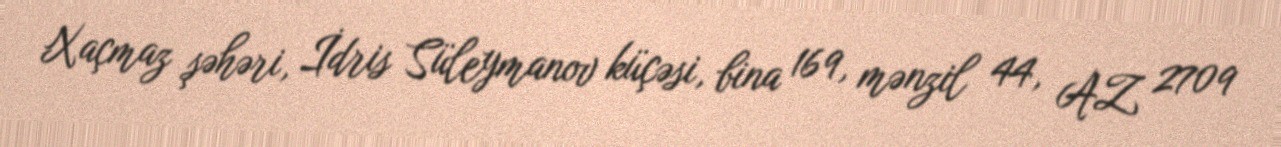
Xaçmaz şəhəri, İdris Süleymanov küçəsi, bina 169, mənzil 44, AZ 2709